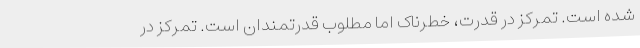
شده است. تمرکز در قدرت، خطرناک اما مطلوب قدرتمندان است. تمرکز در